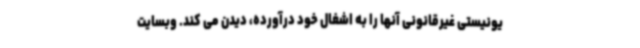
یونیستی غیرقانونی آنها را به اشغال خود درآورده، دیدن می کند. وبسایت